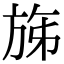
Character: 𣃩